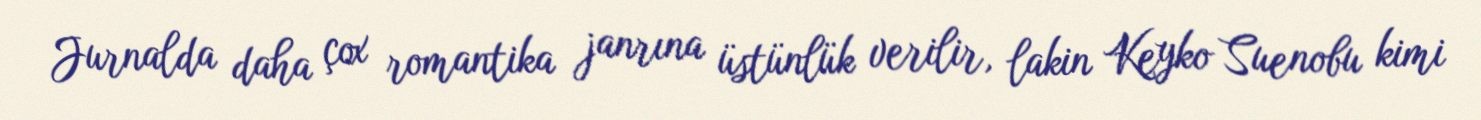
Jurnalda daha çox romantika janrına üstünlük verilir, lakin Keyko Suenobu kimi